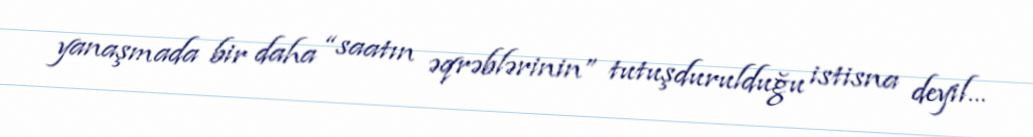
yanaşmada bir daha “saatın əqrəblərinin” tutuşdurulduğu istisna deyil...